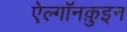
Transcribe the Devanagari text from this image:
ऐल्गॉनक़ुइन